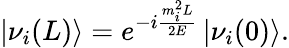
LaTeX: \left|\nu_{i}(L)\right\rangle=e^{-i{\frac{m_{i}^{2}L}{2E}}}\left|\nu_{i}(0)\right\rangle.